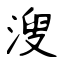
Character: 溲